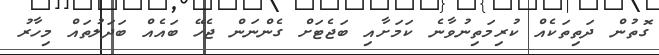
ގޮތުން ދަތިތަކެއް ކުރިމަތިނުވާނެ ކަމަށާއި ބަޖެޓަށް ގެންނަން ޖެހޭ ބައެއް ބަދަލުތައް މިހާރު